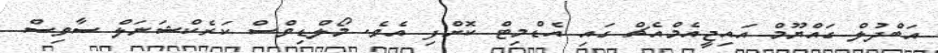
އަބްދުލް ގައްޔޫމް އައިޖީއެމްއެޗް ގައި އެޑްމިޓް ކޮށްފި އެވެ. މޯލްޑިވްސް ކަރެކްޝަނަލް ސާވިސް